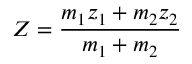
Z = { \frac { m _ { 1 } z _ { 1 } + m _ { 2 } z _ { 2 } } { m _ { 1 } + m _ { 2 } } }